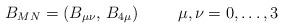
LaTeX: \begin{align*}B_{MN}=(B_{\mu\nu},\,B_{4\mu})\hspace{1cm}\mu,\nu=0,\dots,3\end{align*}